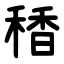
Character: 䅨